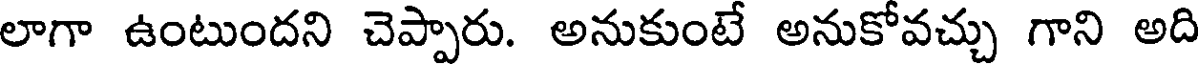
లాగా ఉంటుందని చెప్పారు. అనుకుంటే అనుకోవచ్చు గాని అది